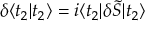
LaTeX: \delta \langle t _ { 2 } | t _ { 2 } \rangle = i \langle t _ { 2 } | \delta \tilde { S } | t _ { 2 } \rangle